Indian journal of veterinary science and animal husbandry - Volume 7,
Year: 1937
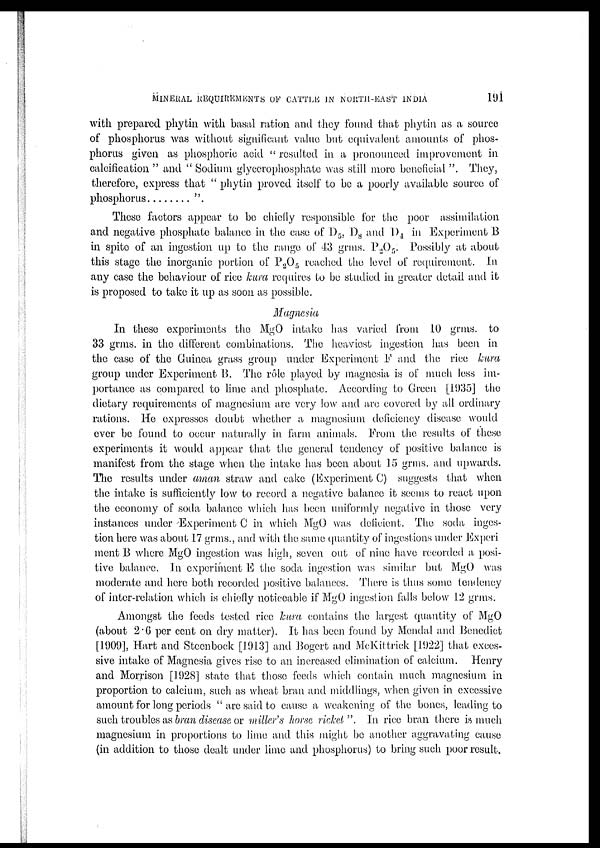
MINERAL REQUIREMENTS OF CATTLE IN NORTH-EAST INDIA
191
with prepared phytin with basal ration and they found that phytin as a source
of phosphorus was without significant value but equivalent amounts of phos-
phorus given as phosphoric acid " resulted in a pronounced improvement in
calcification " and " Sodium glycerophosphate was still more beneficial ". They,
therefore, express that " phytin proved itself to be a poorly available source of
phosphorus
".
These factors appear to be chiefly responsible for the poor assimilation
and negative phosphate balance in the case of D 5 , D 8 and D 4 in Experiment B
in spite of an ingestion up to the range of 43 grms. P 2 O 5 . Possibly at about
this stage the inorganic portion of P 2 O 5 reached the level of requirement. In
any case the behaviour of rice kura requires to be studied in greater detail and it
is proposed to take it up as soon as possible.
Magnesia
In these experiments the MgO intake has varied from 10 grms. to
33 grms. in the different combinations. The heaviest ingestion has been in
the case of the Guinea grass group under 'Experiment F and the rice kura
group under Experiment B. The rôle played by magnesia is of much less im-
portance as compared to lime and phosphate. According to Green [1935] the
dietary requirements of magnesium are very low and are covered by all ordinary
rations. He expresses doubt whether a magnesium deficiency disease would
ever be found to occur naturally in farm animals. From the results of these
experiments it would appear that the general tendency of positive balance is
manifest from the stage when the intake has been about 15 grms. and upwards.
The results under aman straw and cake (Experiment C) suggests that when
the intake is sufficiently low to record a negative balance it seems to react upon
the economy of soda balance which has been uniformly negative in those very
instances under Experiment C in which MgO was deficient. The soda inges-
tion here was about 17 grms., and with the same quantity of ingestions under Experi
ment B where MgO ingestion was high, seven out of nine have recorded a posi-
tive balance. In experiment E the soda ingestion was similar but MgO was
moderate and here both recorded positive balances. There is thus some tendency
of inter-relation which is chiefly noticeable if MgO ingestion falls below 12 grms.
Amongst the feeds tested rice kura contains the largest quantity of MgO
(about 2.6 per cent on dry matter). It has been found by Mendal and Benedict
[1909], Hart and Steenbock [1913] and Bogert and McKittrick [1922] that exces-
sive intake of Magnesia gives rise to an increased elimination of calcium. Henry
and Morrison [1928] state that those feeds which contain much magnesium in
proportion to calcium, such as wheat bran and middlings, when given in excessive
amount for long periods "are said to cause a weakening of the bones, leading to
such troubles as bran disease or miller's horse ricket". In rice bran there is much
magnesium in proportions to lime and. this might be another aggravating cause
(in addition to those dealt under lime and. phosphorus) to bring such poor result.